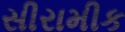
સીરામીક